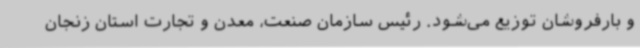
و بارفروشان توزیع می‌شود. رئیس سازمان صنعت، معدن و تجارت استان زنجان